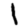
Digit: 1